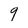
Character: q